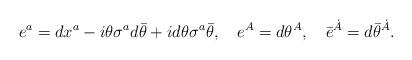
LaTeX: \begin{align*}e^a= dx^a-i\theta\sigma^a d\bar\theta+id\theta\sigma^a\bar\theta, \quad e^A=d\theta^A,\quad \bar e^{\dot A}=d\bar\theta^{\dot A}.\end{align*}